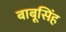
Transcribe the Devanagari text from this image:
बाबूसिंह